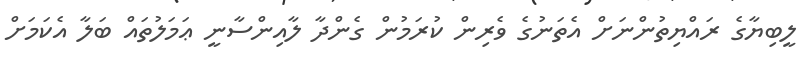
ލީބިޔާގެ ރައްޔިތުންނަށް އެތަނުގެ ވެރިން ކުރަމުން ގެންދާ ލާއިންސާނީ ޢަމަލުތައް ބަލާ އެކަމަށް